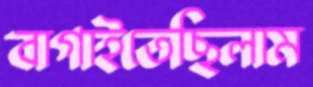
বাগাইতেছিলাম